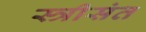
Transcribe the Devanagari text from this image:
स्त्रीसंत